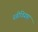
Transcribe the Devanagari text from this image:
स्त्रीविग्रहा